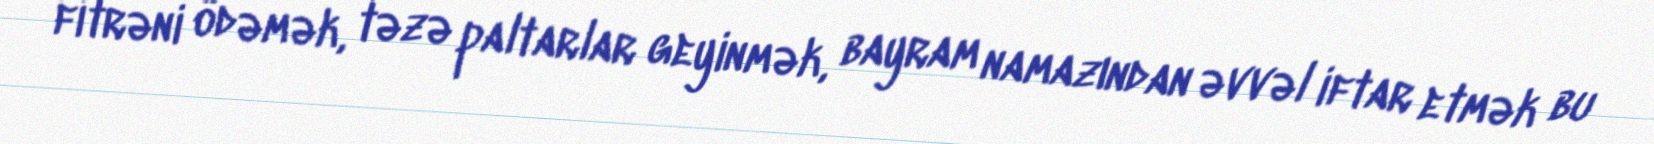
fitrəni ödəmək, təzə paltarlar geyinmək, bayram namazından əvvəl iftar etmək bu